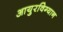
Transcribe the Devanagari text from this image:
आयुरविग्यान